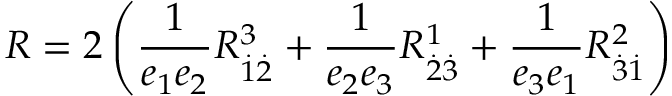
R = 2 \left( \frac { 1 } { e _ { 1 } e _ { 2 } } R _ { \overset { . } { 1 } \overset { . } { 2 } } ^ { 3 } + \frac { 1 } { e _ { 2 } e _ { 3 } } R _ { \overset { . } { 2 } \overset { . } { 3 } } ^ { 1 } + \frac { 1 } { e _ { 3 } e _ { 1 } } R _ { \overset { . } { 3 } \overset { . } { 1 } } ^ { 2 } \right)